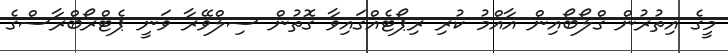
މީގެ އިތުރުން ގްލޯބޯއިން އާއްމު ކުރި ރިޕޯޓެއްގައިވާ ގޮތުން ސިލްވޭރާ ވަނީ ޕެޓްރޯބްރާސްގެ